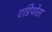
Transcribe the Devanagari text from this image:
एडियोस